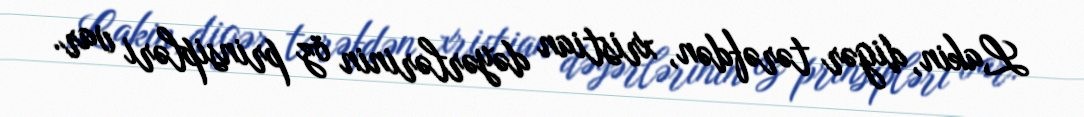
Lakin, digər tərəfdən, xristian dəyərlərinin öz prinsipləri var.